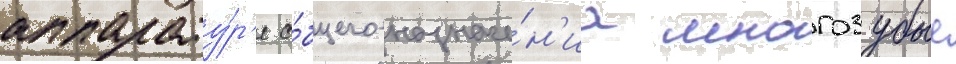
аппарату́р'е о́бщего назначе́н'иа многозубые